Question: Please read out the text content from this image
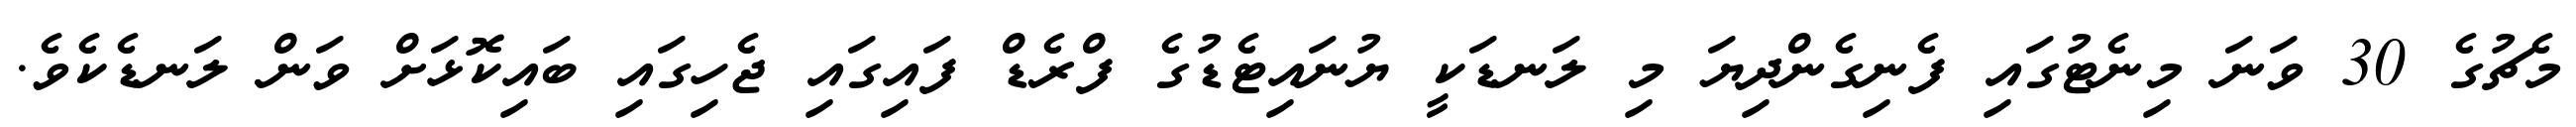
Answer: މެޗުގެ 30 ވަނަ މިނެޓުގައި ފެނިގެންދިޔަ މި ލަނޑަކީ ޔުނައިޓެޑުގެ ފްރެޑް ފައިގައި ޖެހިގައި ބައިކޮޅަށް ވަން ލަނޑެކެވެ.